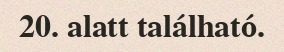
20. alatt található.